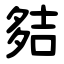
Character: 夡